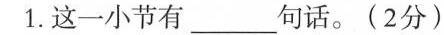
1.这一小节有___句话。(2分)